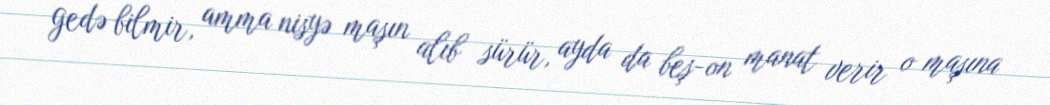
gedə bilmir, amma nisyə maşın alıb sürür, ayda da beş-on manat verir o maşına